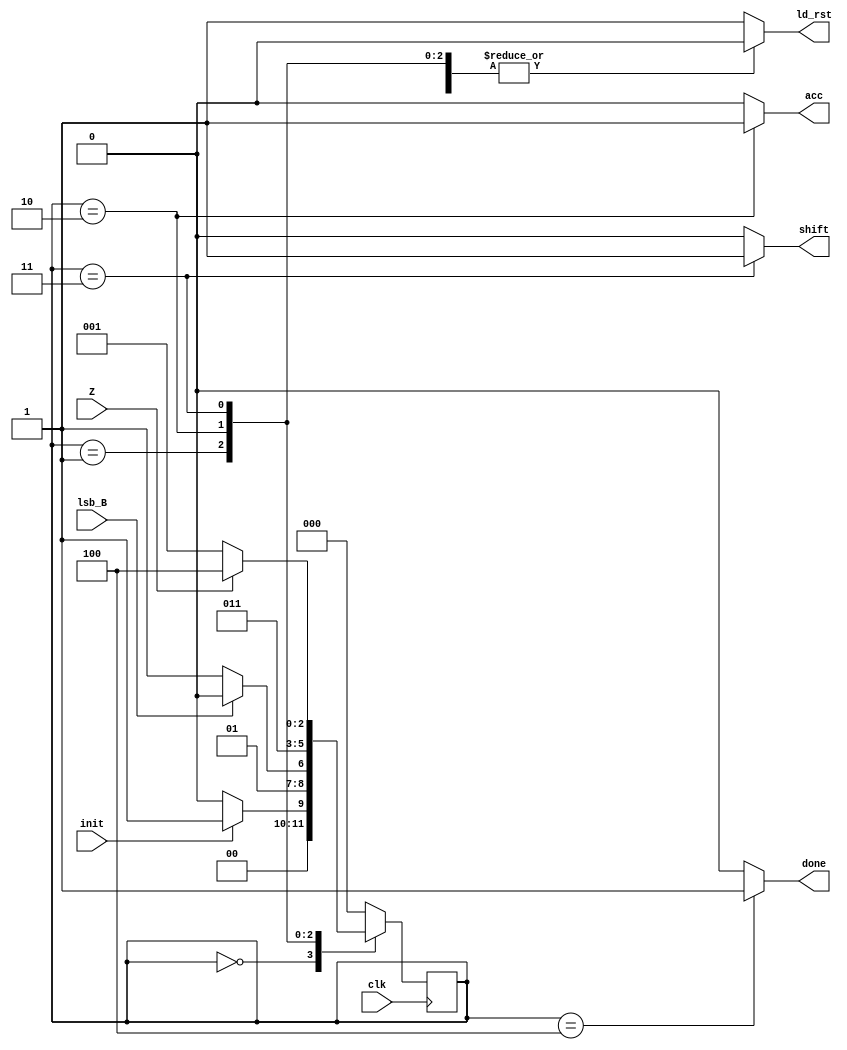
module control(clk, lsb_B, init, Z, ld_rst, shift, acc, done);
	input clk;
	input lsb_B;
	input init; 
	input Z;
	output reg ld_rst;
	output reg shift;
	output reg acc;
	output reg done;
	reg [2:0] current_state;
	reg [2:0] next_state;
	
	parameter start=3'b000, check=3'b001, acum=3'b010, shft=3'b011, end1=3'b100;

	always @(lsb_B or init or Z or current_state)begin
		case(current_state)
     		start: 	begin
						acc=1'b0;
						ld_rst=1'b1;
						shift=1'b0;
						done=1'b0;
						if (init == 1'b1) next_state<=check;
						else next_state<=start;
					end
			check:	begin
						acc=1'b0;
						ld_rst=1'b0;
						shift=1'b0;
						done=1'b0;
						if (lsb_B == 1'b1) next_state<=acum;
						else next_state<=shft;
					end
			acum:	begin
						acc=1'b1;
						ld_rst=1'b0;
						shift=1'b0;
						done=1'b0;
						next_state<=shft;
					end
			shft:	begin
						acc=1'b0;
						ld_rst=1'b0;
						shift=1'b1;
						done=1'b0;
						if (Z == 1'b1) next_state<=end1;
						else next_state<=check;
					end
			end1:	begin
						acc=1'b0;
						ld_rst=1'b0;
						shift=1'b0;
						done=1'b1;
						next_state<=start;
					end
			default:
					begin
						acc=1'b0;
						ld_rst=1'b1;
						shift=1'b0;
						done=1'b0;
						next_state<=start;
					end
		endcase
	end	

	always @(negedge clk) begin
	    current_state<=next_state;	
	end
endmodule